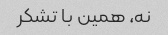
نه، همین با تشکر